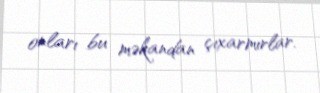
onları bu məkandan çıxarmırlar.